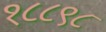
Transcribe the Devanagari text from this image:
१८८९८